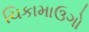
ચિકામાઉગો